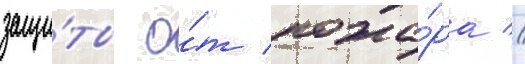
защи́ты о́т пожа́ра //